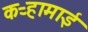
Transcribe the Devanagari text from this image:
कऱ्हामाई